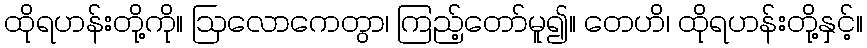
ထိုရဟန်းတို့ကို။ ဩလောကေတွာ၊ ကြည့်တော်မူ၍။ တေဟိ၊ ထိုရဟန်းတို့နှင့်။